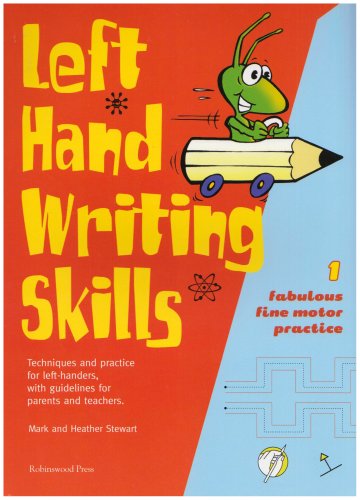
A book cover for Left Hand Writing Skills: Book 1: Fabulous Fine Motor Practice (bk. 1); Mark Stewart; Reference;